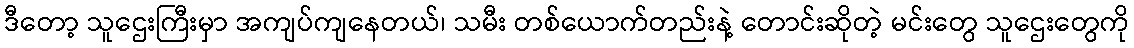
ဒီတော့ သူဌေးကြီးမှာ အကျပ်ကျနေတယ်၊ သမီး တစ်ယောက်တည်းနဲ့ တောင်းဆိုတဲ့ မင်းတွေ သူဌေးတွေကို